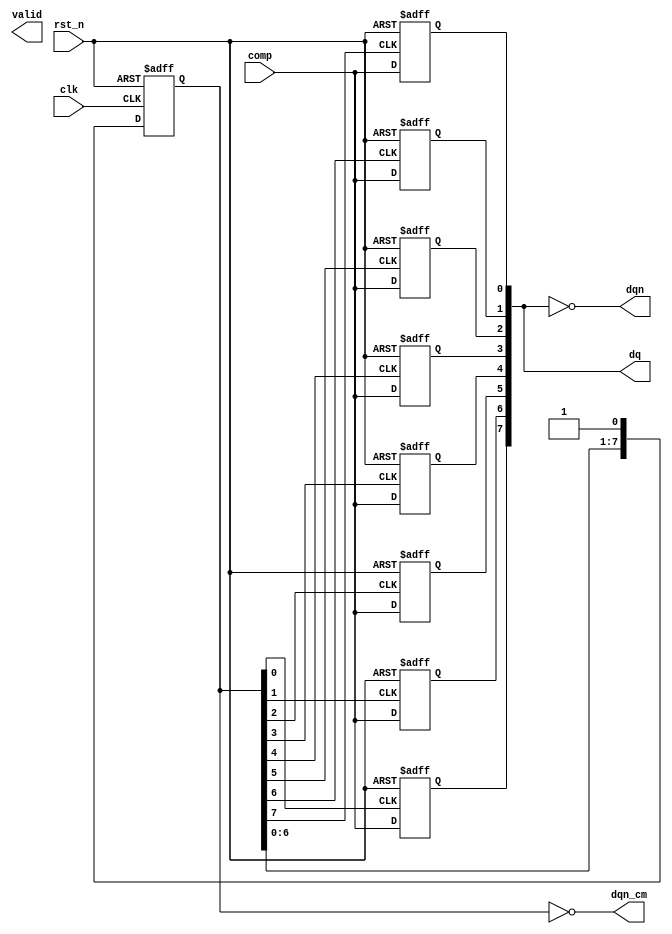
`timescale 1ns/1ps
// Anderson's SAR Control Logic
// A.L. 2022-12-11
module sarcon_bipolar #(
    parameter N = 8
)(
    input clk, 
    input rst_n, 
    input comp, 
    output [N-1:0] dq,
    output [N-1:0] dqn,
    output [N-1:0] dqn_cm,
    output valid
);

    reg [N-1:0] sr;
    assign dqn_cm = ~sr;
    always @(posedge clk or negedge rst_n) begin
        if(~rst_n) sr <= {N{1'b0}};
        else       sr <= {sr, 1'b1};
    end

    reg [N-1:0] dr;
    assign dq  = dr;
    assign dqn = ~dr;
    genvar gi;
    generate 
        for(gi=0;gi<N;gi=gi+1) begin: gen_datareg
            always @(posedge sr[N-1-gi] or negedge rst_n) begin
                if(~rst_n) dr[gi] <= 1'b0;
                else       dr[gi] <= comp;
            end
        end
    endgenerate

endmodule /* sarcon_bipolar */